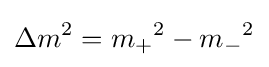
\Delta m^{2}={m_{+}}^{2}-{m_{-}}^{2}